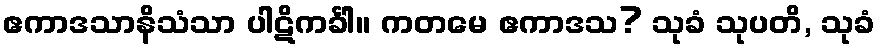
ဧကာဒသာနိသံသာ ပါဋိကင်္ခါ။ ကတမေ ဧကာဒသ? သုခံ သုပတိ, သုခံ